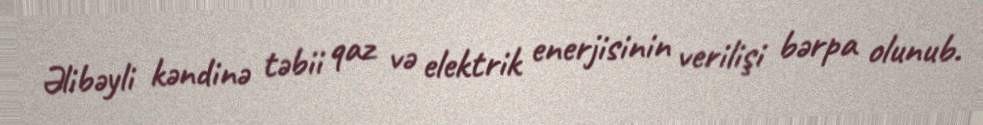
Əlibəyli kəndinə təbii qaz və elektrik enerjisinin verilişi bərpa olunub.